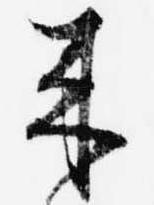
来